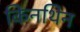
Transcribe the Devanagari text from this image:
किनथिन